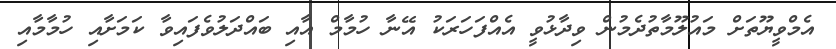
އެމްވީޔޫތަށް މައުލޫމާތުދެމުން ވިދާޅުވީ އެއްފަހަރަކު އޭނާ ހުމާމް އާއި ބައްދަލުވެފައިވާ ކަމަށާއި ހުމާމާއި